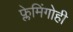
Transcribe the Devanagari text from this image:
फ्लेमिंगोही